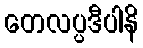
တေလပ္ပဒီပါနိ